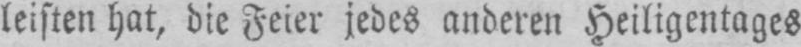
leisten hat, die Feier jedes anderen Heiligentages